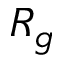
R _ { g }